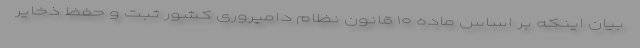
بیان اینکه بر اساس ماده ۱۰ قانون نظام دامپروری کشور ثبت و حفظ ذخایر